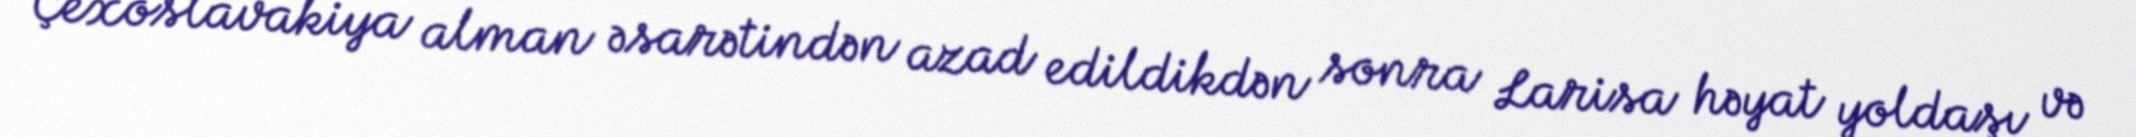
Çexoslavakiya alman əsarətindən azad edildikdən sonra Larisa həyat yoldaşı və